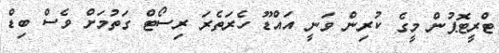
ޓްރީޓޮޕުން މީގެ ކުރިން ވަނީ އައްޑޫ ހެރަތެރަ ރިސޯޓް ގަތުމަށް ވެސް ބިޑް